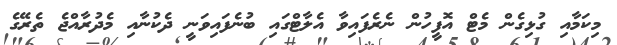
މިކަމާއި ގުޅިގެން މެޓް އޮފީހުން ނެރެފައިވާ އެލާޓްގައި ބުނެފައިވަނީ ދެކުނާއި މެދުރާއްޖެ ތެރޭގެ